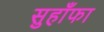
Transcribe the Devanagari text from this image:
सुहाँफा